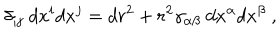
\delta _ { i j } ~ d x ^ { i } d x ^ { j } = d r ^ { 2 } + r ^ { 2 } \gamma _ { \alpha \beta } ~ d x ^ { \alpha } d x ^ { \beta } ~ ,